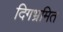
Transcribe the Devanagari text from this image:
दिगभ्रमित